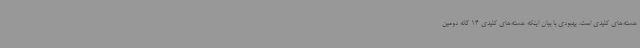
هسته‌های کلیدی است. بهبودی با بیان اینکه هسته‌های کلیدی 14 گانه دومین